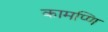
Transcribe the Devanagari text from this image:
कामप्णि